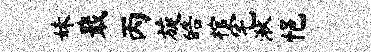
妹戢丙旋皓棺宅湫悒